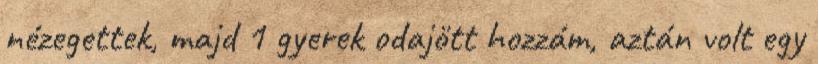
nézegettek, majd 1 gyerek odajött hozzám, aztán volt egy